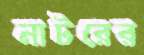
নাটরের